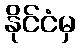
နိုင်ငံမှ